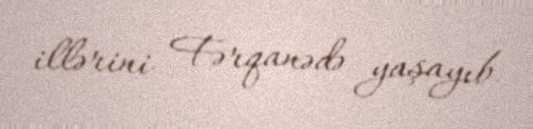
illərini Fərqanədə yaşayıb.